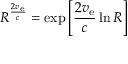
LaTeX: R ^ { \frac { 2 v _ { \mathrm { e } } } { c } } = \exp \left[ { \frac { 2 v _ { \mathrm { e } } } { c } } \ln R \right]